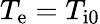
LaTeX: T_{\mathrm{e}}=T_{\mathrm{i0}}